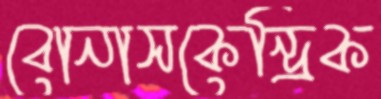
বোনাসকেন্দ্রিক